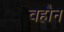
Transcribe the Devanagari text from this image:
वहौन